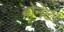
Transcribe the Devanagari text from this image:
बोनेंट।